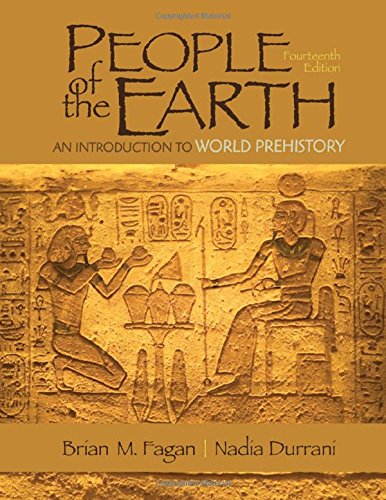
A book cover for People of the Earth: An Introduction to World Prehistory; Dr. Brian Fagan; Science & Math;